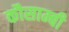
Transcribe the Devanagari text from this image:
कौसाम्बी